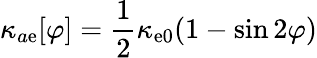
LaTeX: \kappa_{a\mathrm{e}}[\varphi]=\frac{{1}}{{2}}\kappa_{\mathrm{e}0}(1-\sin2\varphi)